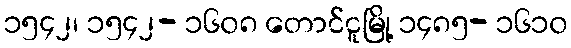
၁၅၄၂၊ ၁၅၄၂- ၁၆၀၈ တောင်ငူမြို့ ၁၄၈၅- ၁၆၁၀